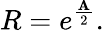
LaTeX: R=e^{\frac{\mathbf{A}}{2}}.